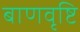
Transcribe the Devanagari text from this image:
बाणवृष्टि